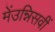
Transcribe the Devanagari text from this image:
मेंउन्निसवीं